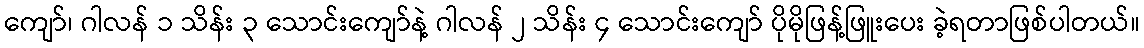
ကျော်၊ ဂါလန် ၁ သိန်း ၃ သောင်းကျော်နဲ့ ဂါလန် ၂ သိန်း ၄ သောင်းကျော် ပိုမိုဖြန့်ဖြူးပေး ခဲ့ရတာဖြစ်ပါတယ်။